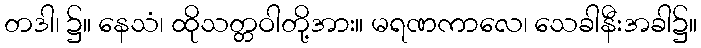
တဒါ၊ ၌။ နေသံ၊ ထိုသတ္တဝါတို့အား။ မရဏကာလေ၊ သေခါနီးအခါ၌။